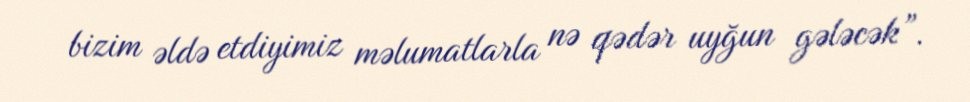
bizim əldə etdiyimiz məlumatlarla nə qədər uyğun gələcək”.